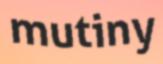
mutiny